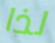
لذا